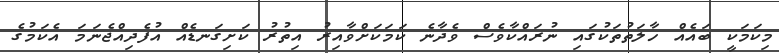
މިކަމަކީ ބައެއް ހާލަތުތަކުގައި ނުރައްކާވެސް ވެދާނެ ކަމަކަށްވާއިރު އިތުރު ކަށިގަނޑެއް އުފެދިއްޖެނަމަ އެކަމުގެ